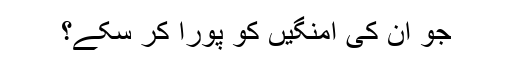
جو ان کی امنگیں کو پورا کر سکے؟